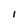
Character: 1